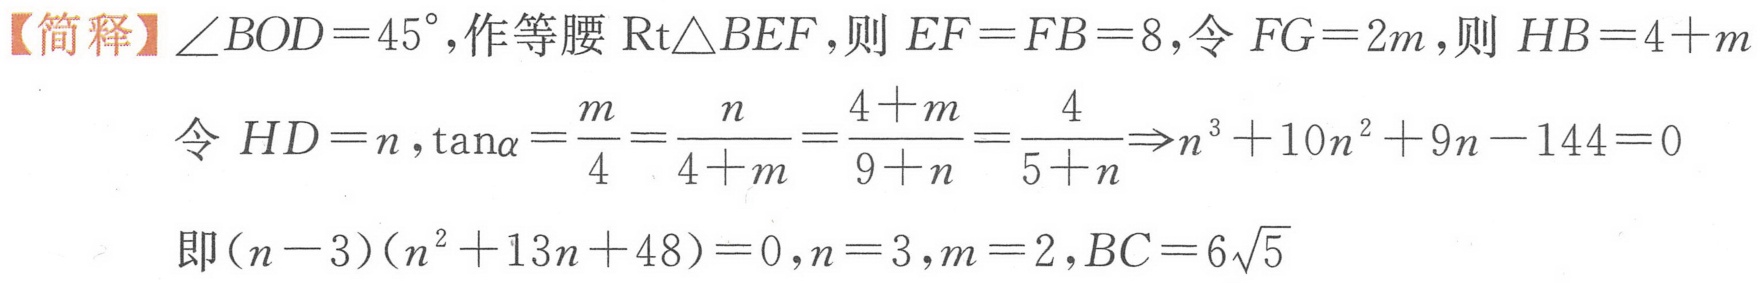
【简释】\(\angle BOD = 45^{\circ}\),作等腰\(\text{Rt}\triangle BEF\),则 \(EF = FB = 8\),令 \(FG = 2m\),则 \(HB = 4 + m\)
令 \(HD = n\),\(\tan\alpha=\frac{m}{4}=\frac{n}{4 + m}=\frac{4 + m}{9 + n}=\frac{4}{5 + n}\Rightarrow n^{3}+10n^{2}+9n - 144 = 0\)
即\((n - 3)(n^{2}+13n + 48)=0\),\(n = 3\),\(m = 2\),\(BC = 6\sqrt{5}\)